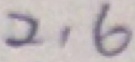
2 1 6